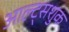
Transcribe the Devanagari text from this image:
आल्ट्सशुक